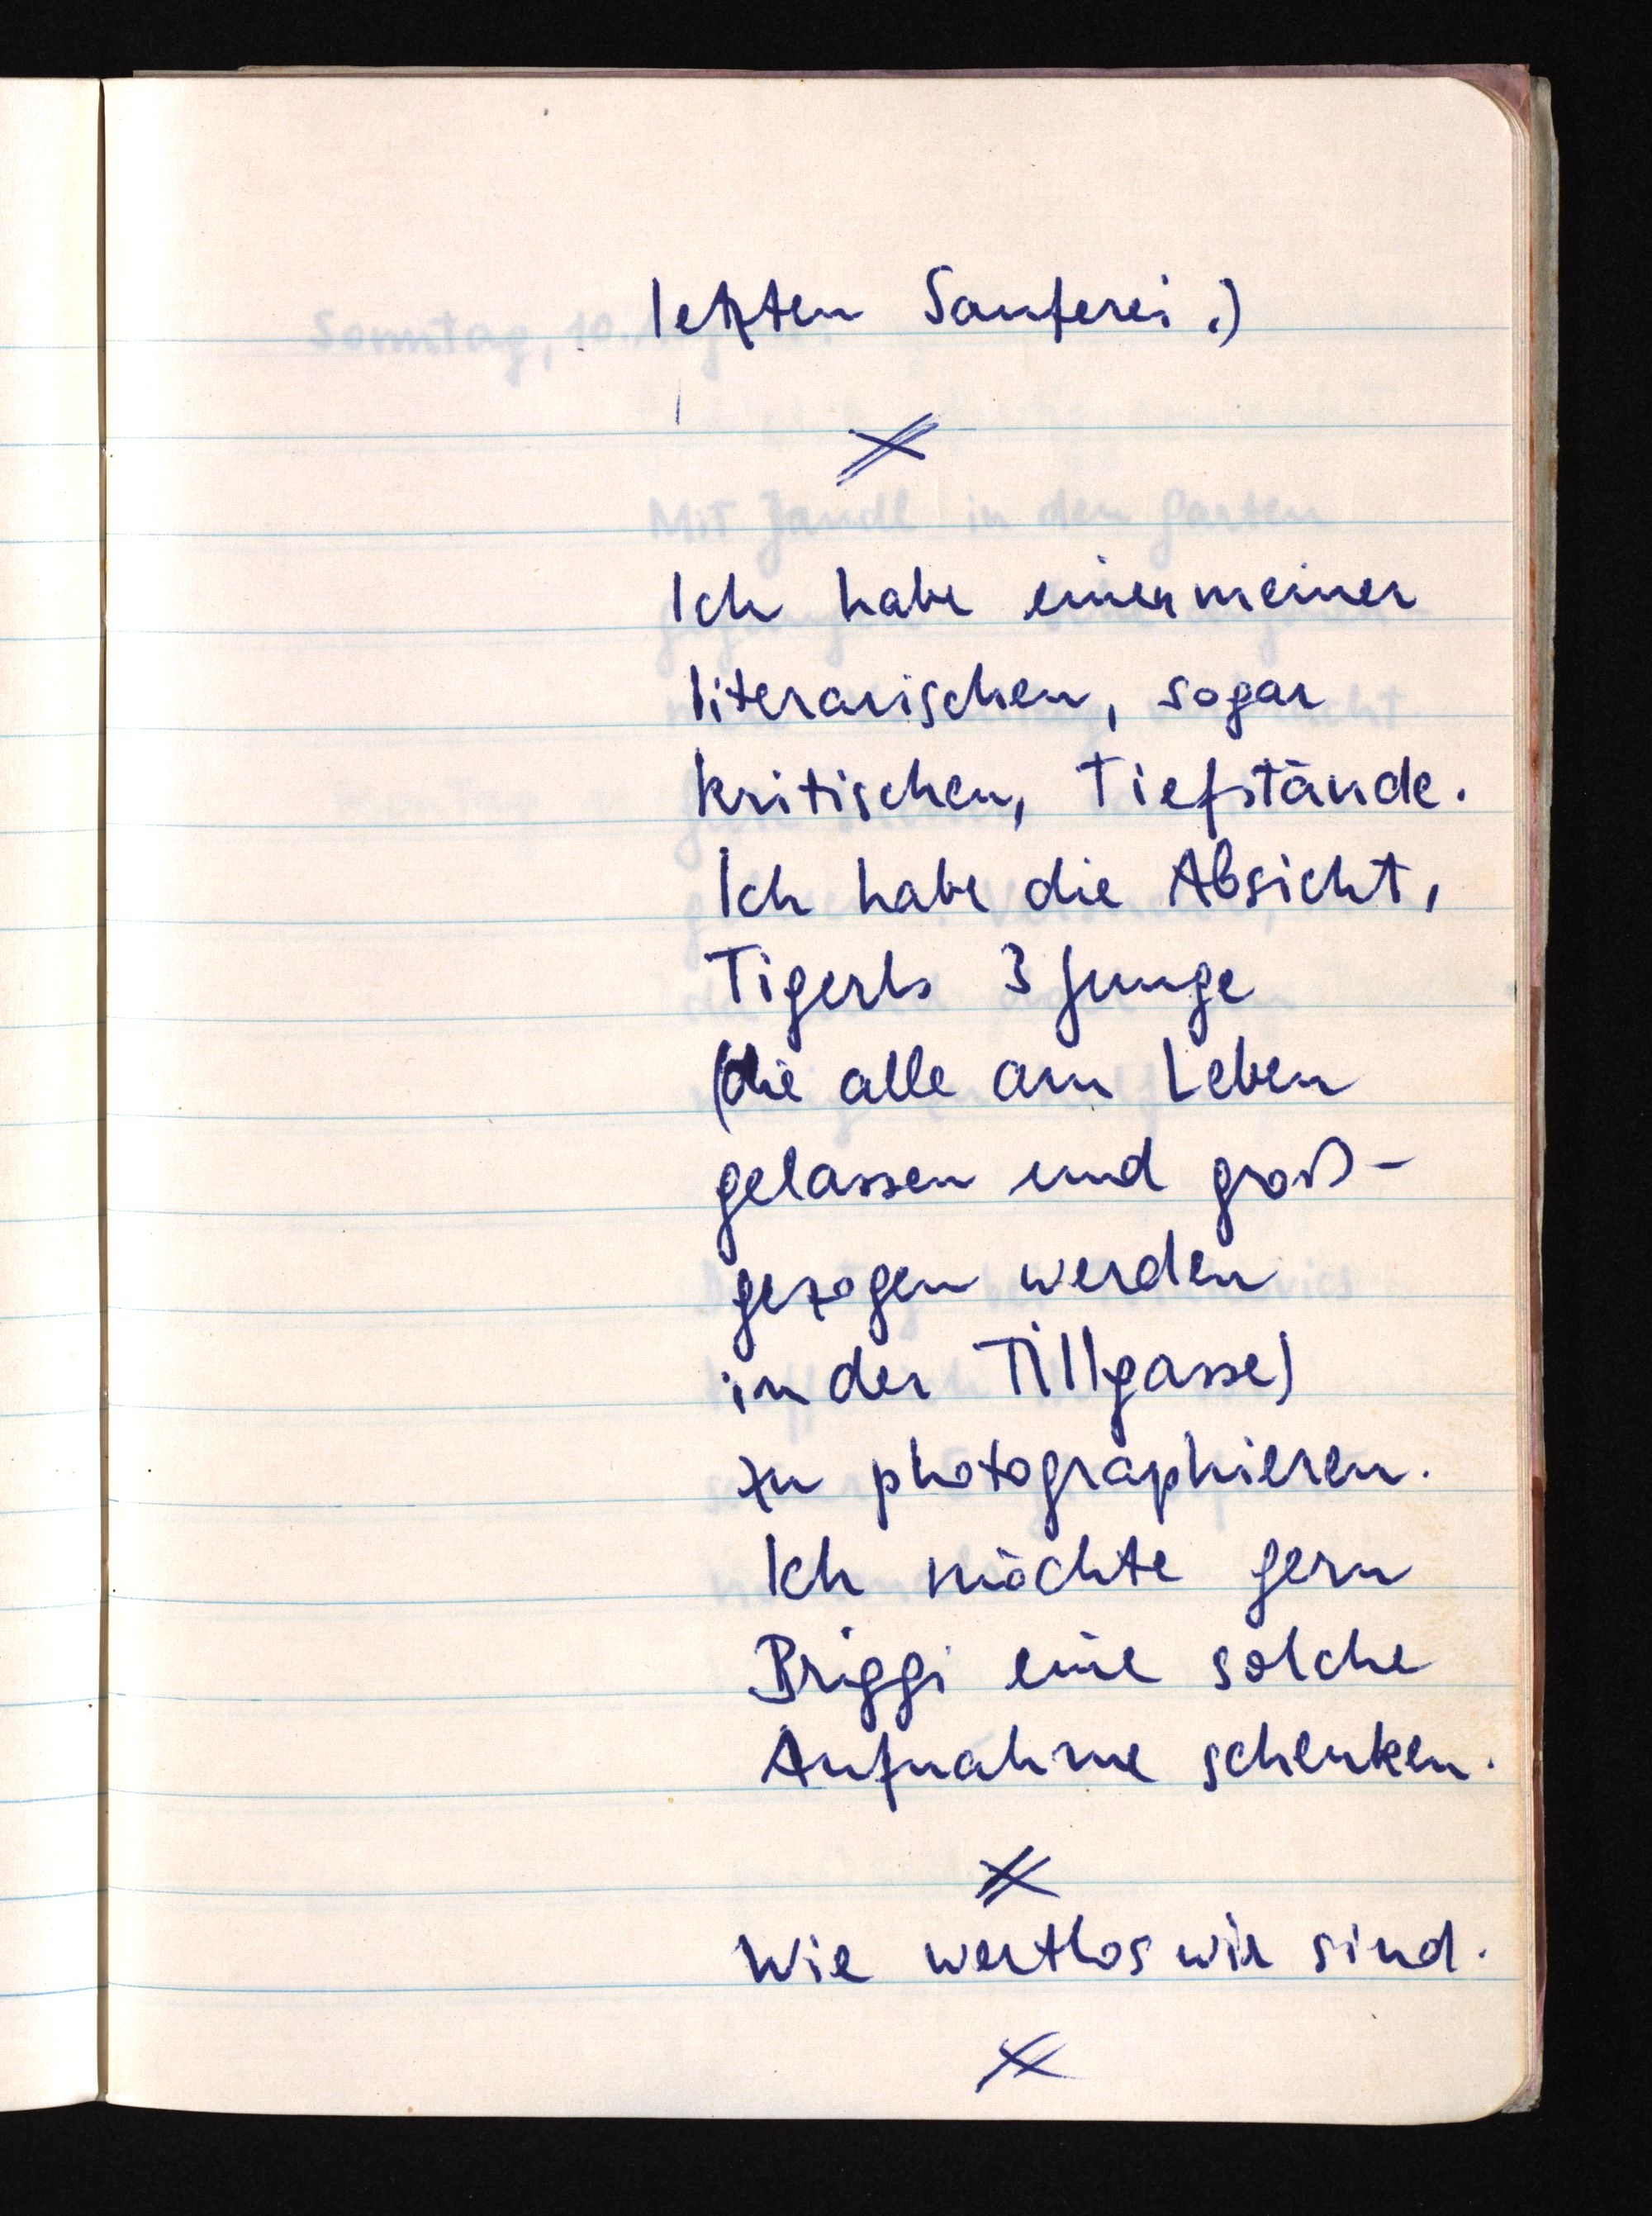
letzten Sauferei.)
Ich habe einen meiner
literarischen, sogar
kritischen, Tiefstände.
Ich habe die Absicht,
Tigerls 3 Junge
(die alle am Leben
gelassen und groß¬
gezogen werden
in der Tillgasse)
zu photographieren.
Ich möchte gern
Briggi eine solche
Aufnahme schenken.
Wie wertlos wir sind.